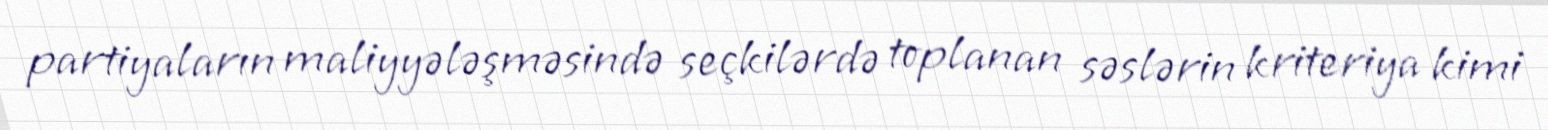
partiyaların maliyyələşməsində seçkilərdə toplanan səslərin kriteriya kimi